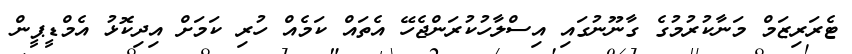
ޓެރަރިޒަމް މަނާކުރުމުގެ ގާނޫނުގައި އިސްލާހުކުރަންޖެހޭ އެތައް ކަމެއް ހުރި ކަމަށް އިދިކޮޅު އެމްޑީޕީން